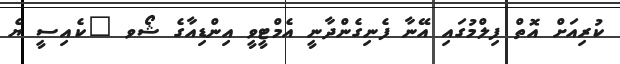
ކުރިއަށް އޮތް ފިލްމުގައި އޭނާ ފެނިގެންދާނީ އެމްޓީވީ އިންޑިއާގެ ޝޯވ "ކެއިސީ ޔެ